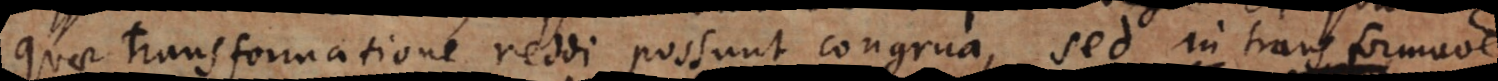
quae transformatione reddi possunt congrua, sed in transformatione